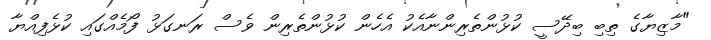
"މާޒިޔާގެ ތިބި ބިދޭސީ ކުޅުންތެރިންނާއެކު އެހެން ކުޅުންތެރިން ވެސް ރަނގަޅު ފޯމެއްގައި ކުޅެފިއްޔާ